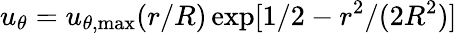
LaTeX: u_{\theta}=u_{\theta,\operatorname*{max}}(r/R)\exp[1/2-r^{2}/(2R^{2})]